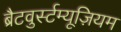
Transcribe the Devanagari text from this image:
ब्रैटवुर्स्टम्यूज़ियम